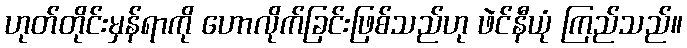
ဟုတ်တိုင်းမှန်ရာကို ဟောလိုက်ခြင်းဖြစ်သည်ဟု ဖဲင်နီယုံ ကြည်သည်။